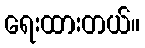
ရေးထားတယ်။